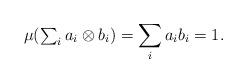
LaTeX: \begin{align*}\mu({\textstyle\sum_i a_i \otimes b_i}) = \sum_i a_i b_i = 1.\end{align*}